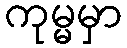
ကုမ္မမှာ